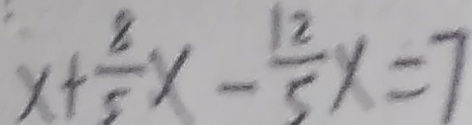
x + \frac { 8 } { 5 } x - \frac { 1 2 } { 5 } x = 7